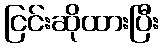
ငြင်းဆိုထားပြီး